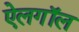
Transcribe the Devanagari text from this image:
ऐलगॉल